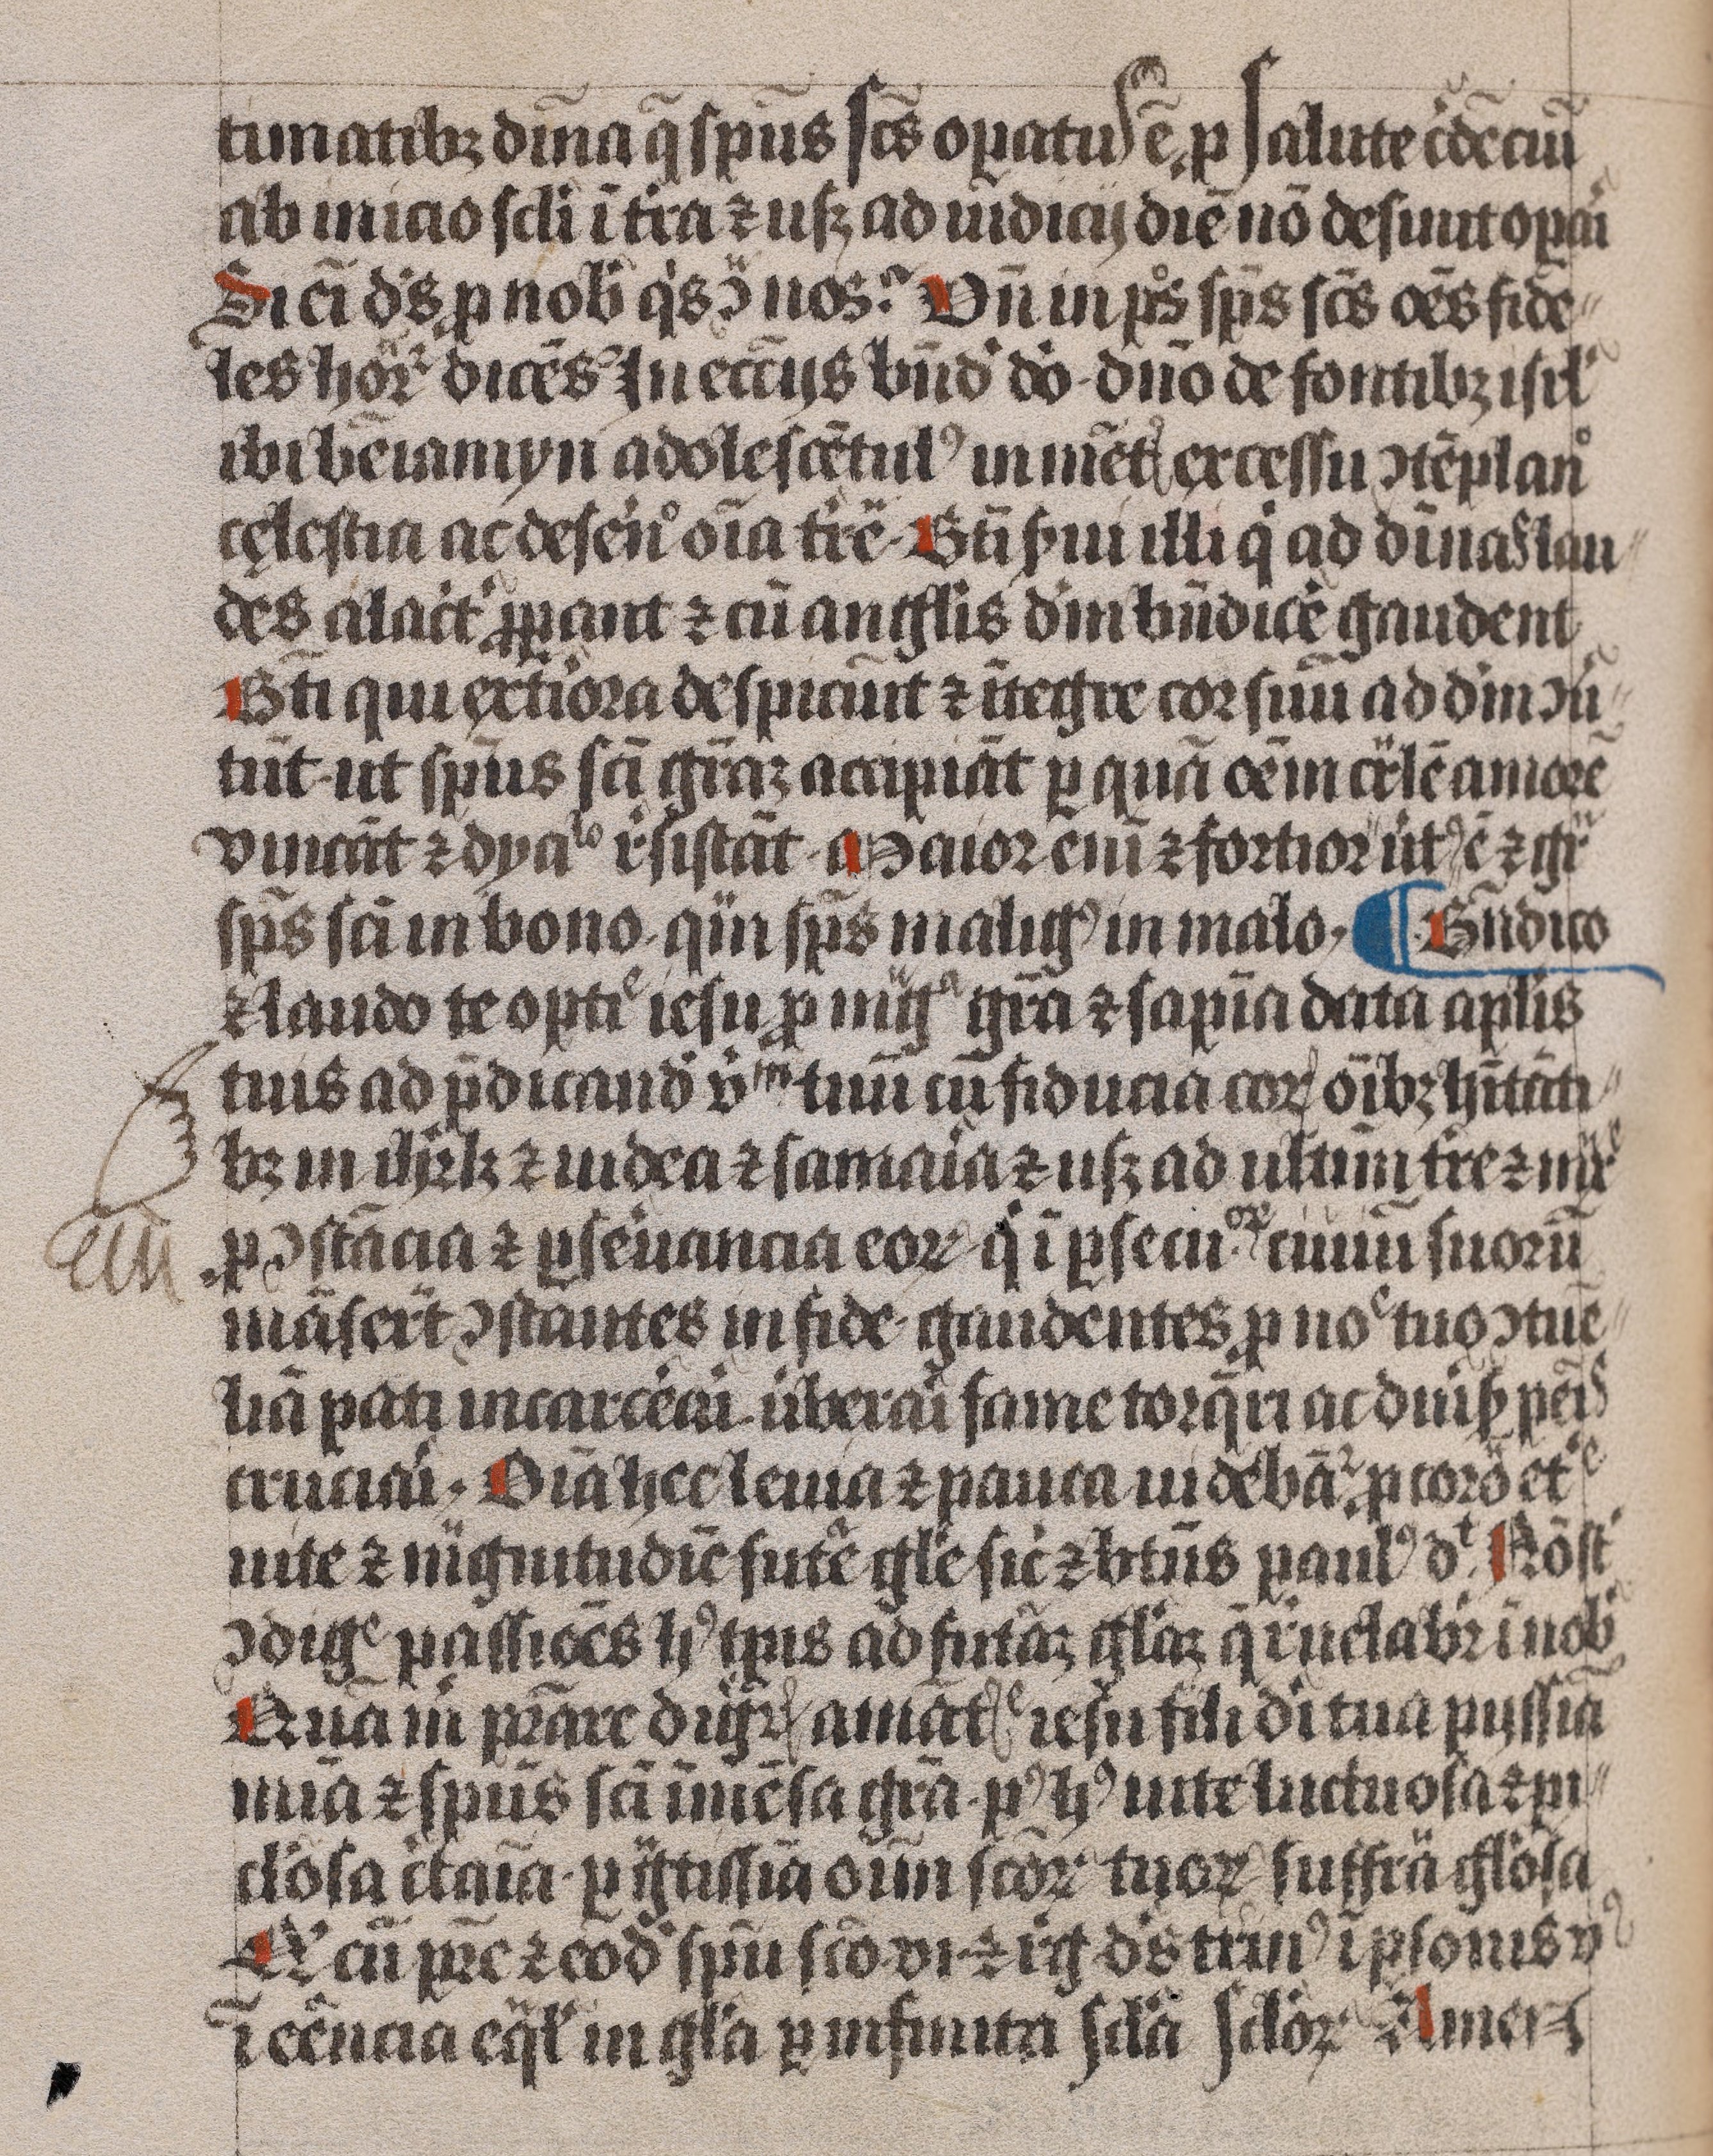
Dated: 1450–1499